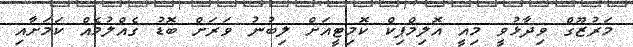
މަރުޒޫގް ވިދާޅުވީ މިއީ އޮލިމްޕިކް ކޮމިޓީއަށް ލިބުނު ވަރަށް ބޮޑު ގެއްލުމެއް ކަމަށާއި